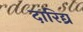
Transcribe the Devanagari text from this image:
दारिद्य्र